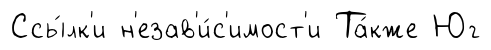
Ссы́лк'и н'езав'и́с'имост'и Та́кже Юг